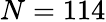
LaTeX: N=114